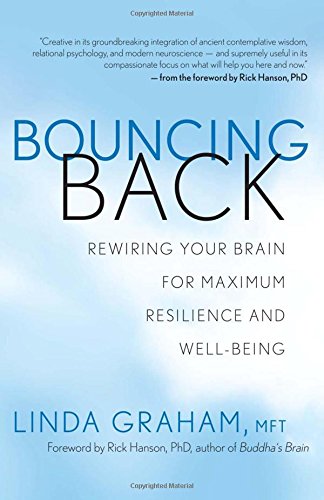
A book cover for Bouncing Back: Rewiring Your Brain for Maximum Resilience and Well-Being; Linda Graham; Health, Fitness & Dieting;